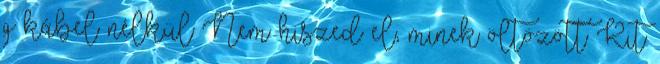
g kábel nélkül Nem hiszed el, minek öltözött Kit